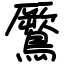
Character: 鷢